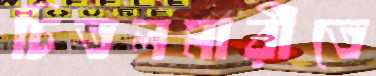
চিতলমারীতে